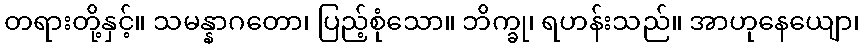
တရားတို့နှင့်။ သမန္နာဂတော၊ ပြည့်စုံသော။ ဘိက္ခု၊ ရဟန်းသည်။ အာဟုနေယျော၊